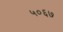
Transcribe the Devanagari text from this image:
५०६७